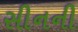
સીનની